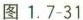
图1.7-31